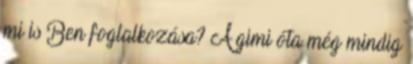
mi is Ben foglalkozása? A gimi óta még mindig